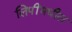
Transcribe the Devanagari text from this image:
लिपींमधील